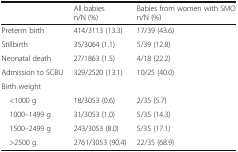
<table><thead><tr><td></td><td><b>All babies n/N (%)</b></td><td><b>Babies from women with SMO n/N (%)</b></td></tr></thead><tbody><tr><td>Preterm birth</td><td>414/3113 (13.3)</td><td>17/39 (43.6)</td></tr><tr><td>Stillbirth</td><td>35/3064 (1.1)</td><td>5/39 (12.8)</td></tr><tr><td>Neonatal death</td><td>27/1863 (1.5)</td><td>4/18 (22.2)</td></tr><tr><td>Admission to SCBU</td><td>329/2520 (13.1)</td><td>10/25 (40.0)</td></tr><tr><td>Birth weight</td><td></td><td></td></tr><tr><td> &lt;1000 g</td><td>18/3053 (0.6)</td><td>2/35 (5.7)</td></tr><tr><td> 1000–1499 g</td><td>31/3053 (1.0)</td><td>5/35 (14.3)</td></tr><tr><td> 1500–2499 g</td><td>243/3053 (8.0)</td><td>5/35 (17.1)</td></tr><tr><td> &gt;2500 g</td><td>2761/3053 (90.4)</td><td>22/35 (68.9)</td></tr></tbody></table>